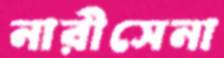
নারীসেনা